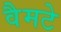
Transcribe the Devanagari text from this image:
वैमटे